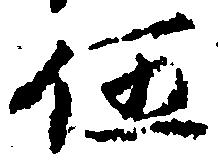
伍